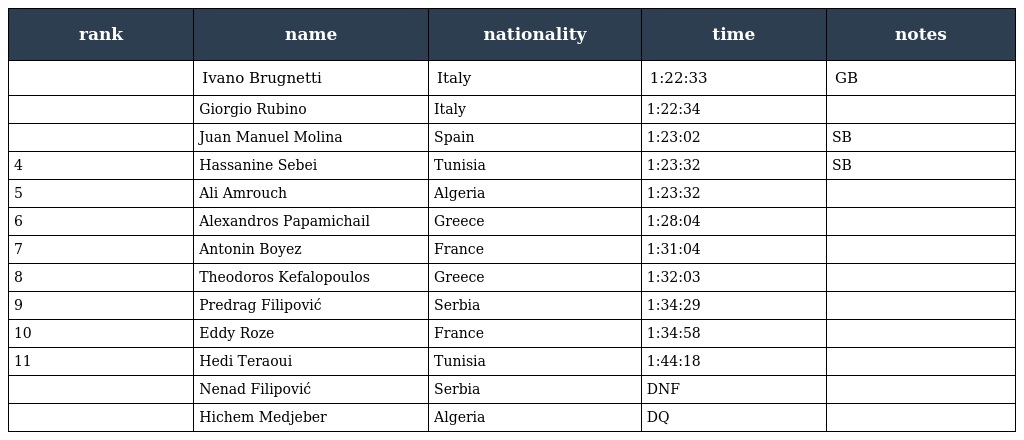
| rank | name | nationality | time | notes |
 | --- | --- | --- | --- | --- |
 |  | Ivano Brugnetti | Italy | 1:22:33 | GB |
 |  | Giorgio Rubino | Italy | 1:22:34 |  |
 |  | Juan Manuel Molina | Spain | 1:23:02 | SB |
 | 4 | Hassanine Sebei | Tunisia | 1:23:32 | SB |
 | 5 | Ali Amrouch | Algeria | 1:23:32 |  |
 | 6 | Alexandros Papamichail | Greece | 1:28:04 |  |
 | 7 | Antonin Boyez | France | 1:31:04 |  |
 | 8 | Theodoros Kefalopoulos | Greece | 1:32:03 |  |
 | 9 | Predrag Filipović | Serbia | 1:34:29 |  |
 | 10 | Eddy Roze | France | 1:34:58 |  |
 | 11 | Hedi Teraoui | Tunisia | 1:44:18 |  |
 |  | Nenad Filipović | Serbia | DNF |  |
 |  | Hichem Medjeber | Algeria | DQ |  |